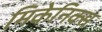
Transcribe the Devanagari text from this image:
मिकेनिक्स